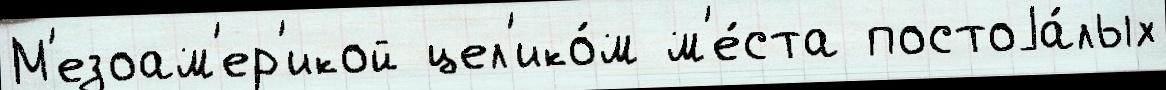
М'езоам'ер'икой цел'ико́м м'е́ста постоjа́лых